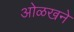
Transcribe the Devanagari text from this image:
ओळखने